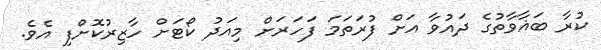
ކުރާ ބަޣާވާތުގެ ދައުވާ އަށް ފުރަތަމަ ފަހަރަށް މިއަދު ކޯޓަށް ހާޒިރުކޮށްފި އެވެ.